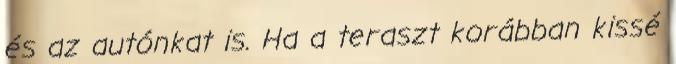
és az autónkat is. Ha a teraszt korábban kissé